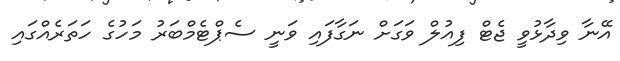
އޭނާ ވިދާޅުވީ ޖެޓް ފިއުލް ވަގަށް ނަގާފައި ވަނީ ސެޕްޓެމްބަރު މަހުގެ ހަތަރެއްގައި